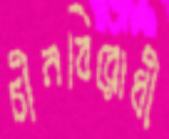
চীনবিরোধী